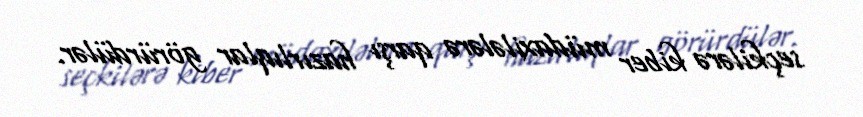
seçkilərə kiber müdaxilələrə qarşı hazırlıqlar görürdülər.